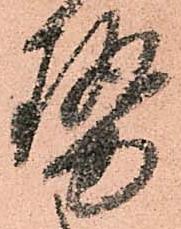
勢